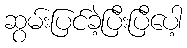
ဆွမ်းပြင်ခဲ့ပြီးပြီပေါ့